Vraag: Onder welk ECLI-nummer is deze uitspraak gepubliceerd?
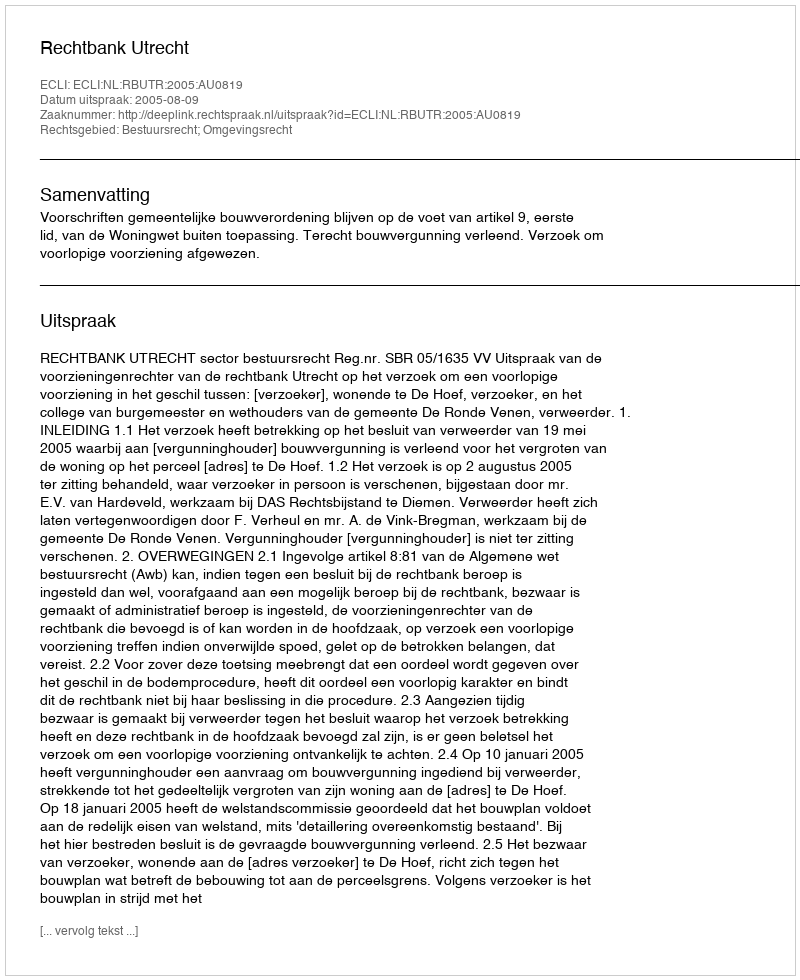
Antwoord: ECLI:NL:RBUTR:2005:AU0819